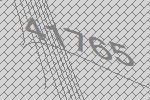
41765